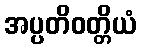
အပ္ပတိဝတ္တိယံ